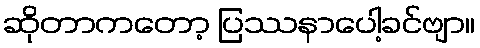
ဆိုတာကတော့ ပြဿနာပေါ့ခင်ဗျာ။